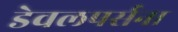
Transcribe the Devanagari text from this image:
डेवलपर्सना